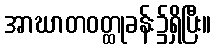
အာဃာတဝတ္ထုခန်း၌ရှိပြီး။